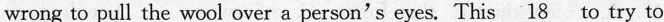
wrong to pull the wool over a person'seyes. This \underline{18} to try to